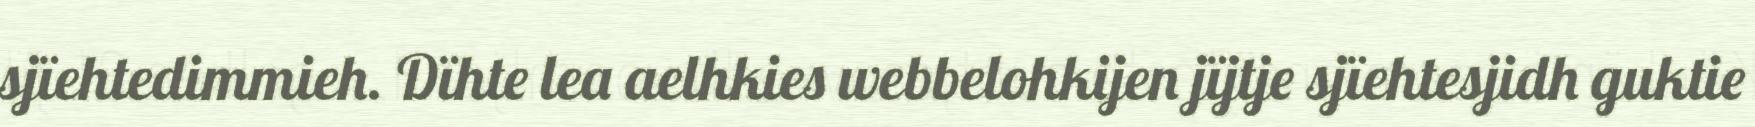
sjïehtedimmieh. Dïhte lea aelhkies webbelohkijen jïjtje sjïehtesjidh guktie